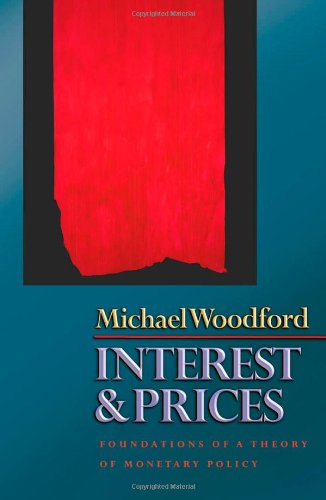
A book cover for Interest and Prices: Foundations of a Theory of Monetary Policy; Michael Woodford; Business & Money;